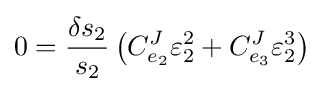
0={\frac {\delta s_{2}}{s_{2}}}\left(C_{e_{2}}^{J}\varepsilon _{2}^{2}+C_{e_{3}}^{J}\varepsilon _{2}^{3}\right)